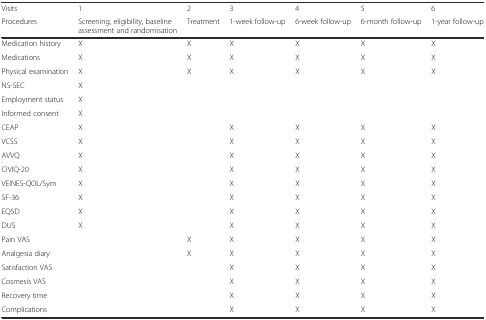
<table><thead><tr><td><b>Visits</b></td><td><b>1</b></td><td><b>2</b></td><td><b>3</b></td><td><b>4</b></td><td><b>5</b></td><td><b>6</b></td></tr><tr><td><b>Procedures</b></td><td><b>Screening, eligibility, baseline assessment and randomisation</b></td><td><b>Treatment</b></td><td><b>1-week follow-up</b></td><td><b>6-week follow-up</b></td><td><b>6-month follow-up</b></td><td><b>1-year follow-up</b></td></tr></thead><tbody><tr><td>Medication history</td><td>X</td><td>X</td><td>X</td><td>X</td><td>X</td><td>X</td></tr><tr><td>Medications</td><td>X</td><td>X</td><td>X</td><td>X</td><td>X</td><td>X</td></tr><tr><td>Physical examination</td><td>X</td><td>X</td><td>X</td><td>X</td><td>X</td><td>X</td></tr><tr><td>NS-SEC</td><td>X</td><td></td><td></td><td></td><td></td><td></td></tr><tr><td>Employment status</td><td>X</td><td></td><td></td><td></td><td></td><td></td></tr><tr><td>Informed consent</td><td>X</td><td></td><td></td><td></td><td></td><td></td></tr><tr><td>CEAP</td><td>X</td><td></td><td>X</td><td>X</td><td>X</td><td>X</td></tr><tr><td>VCSS</td><td>X</td><td></td><td>X</td><td>X</td><td>X</td><td>X</td></tr><tr><td>AVVQ</td><td>X</td><td></td><td>X</td><td>X</td><td>X</td><td>X</td></tr><tr><td>CIVIQ-20</td><td>X</td><td></td><td>X</td><td>X</td><td>X</td><td>X</td></tr><tr><td>VEINES-QOL/Sym</td><td>X</td><td></td><td>X</td><td>X</td><td>X</td><td>X</td></tr><tr><td>SF-36</td><td>X</td><td></td><td>X</td><td>X</td><td>X</td><td>X</td></tr><tr><td>EQ5D</td><td>X</td><td></td><td>X</td><td>X</td><td>X</td><td>X</td></tr><tr><td>DUS</td><td>X</td><td></td><td>X</td><td>X</td><td>X</td><td>X</td></tr><tr><td>Pain VAS</td><td></td><td>X</td><td>X</td><td>X</td><td>X</td><td>X</td></tr><tr><td>Analgesia diary</td><td></td><td>X</td><td>X</td><td>X</td><td>X</td><td>X</td></tr><tr><td>Satisfaction VAS</td><td></td><td></td><td>X</td><td>X</td><td>X</td><td>X</td></tr><tr><td>Cosmesis VAS</td><td></td><td></td><td>X</td><td>X</td><td>X</td><td>X</td></tr><tr><td>Recovery time</td><td></td><td></td><td>X</td><td>X</td><td>X</td><td>X</td></tr><tr><td>Complications</td><td></td><td></td><td>X</td><td>X</td><td>X</td><td>X</td></tr></tbody></table>